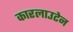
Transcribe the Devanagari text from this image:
कारलाउटेन